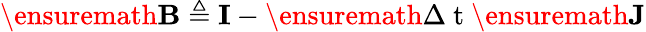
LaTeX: \ensuremath{\mathbf{B}}\triangleq{\mathbf{I}}-\ensuremath{\Delta\mathrm{~t~}}\ensuremath{\mathbf{J}}